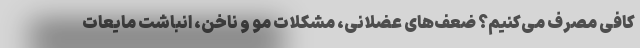
کافی مصرف می‌کنیم؟ ضعف‌های عضلانی، مشکلات مو و ناخن، انباشت مایعات